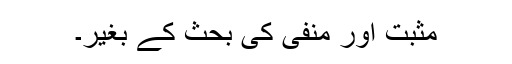
مثبت اور منفی کی بحث کے بغیر۔